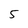
Character: 5